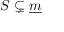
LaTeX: S \subsetneq { \underline { { m } } }